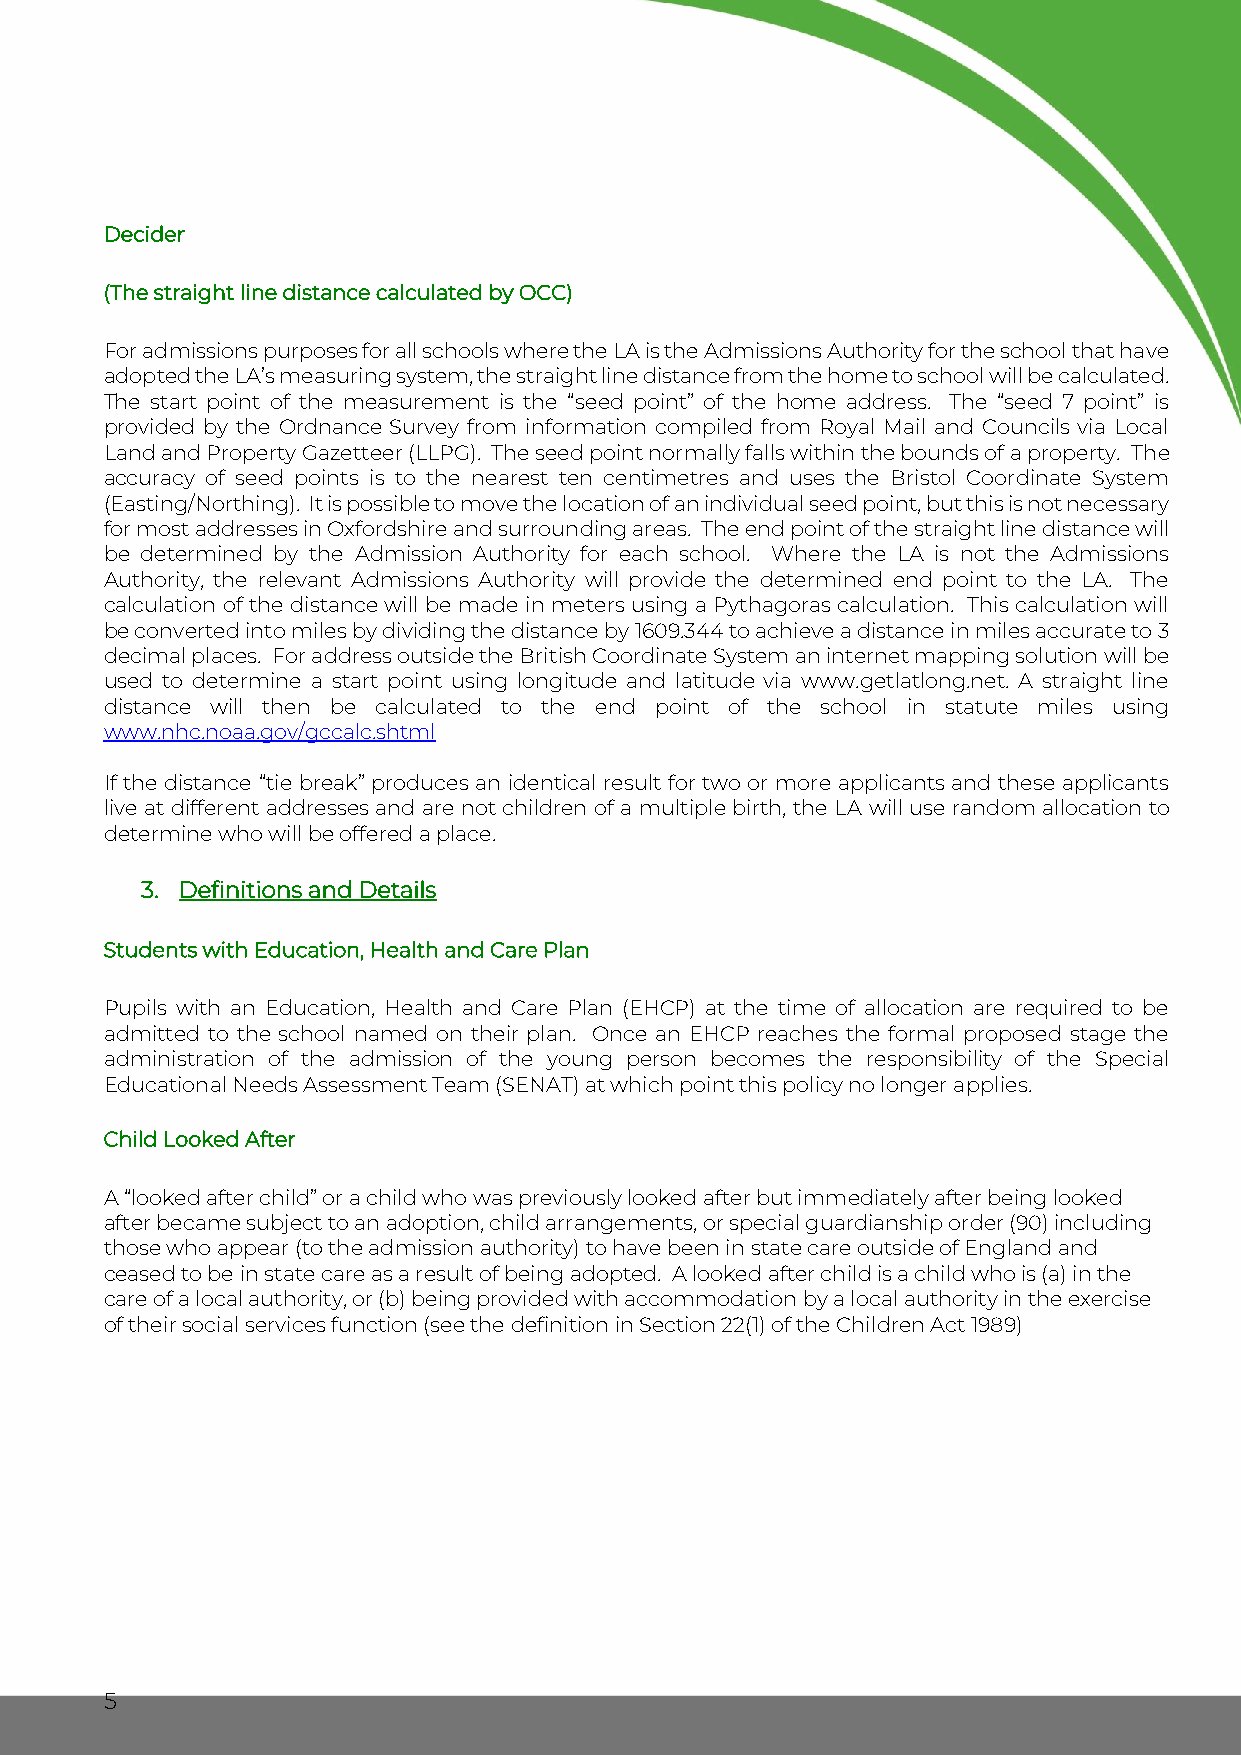
Decider
 (The straight line distance calculated by OCC)
 For admissions purposes for all schools where the LA is the Admissions Authority for the school that have
 adopted the LA’s measuring system, the straight line distance from the home to school will be calculated.
 The start point of the measurement is the “seed point” of the home address. The “seed 7 point” is
 provided by the Ordnance Survey from information compiled from Royal Mail and Councils via Local
 Land and Property Gazetteer (LLPG). The seed point normally falls within the bounds of a property. The
 accuracy of seed points is to the nearest ten centimetres and uses the Bristol Coordinate System
 (Easting/Northing). It is possible to move the location of an individual seed point, but this is not necessary
 for most addresses in Oxfordshire and surrounding areas. The end point of the straight line distance will
 be determined by the Admission Authority for each school. Where the LA is not the Admissions
 Authority, the relevant Admissions Authority will provide the determined end point to the LA. The
 calculation of the distance will be made in meters using a Pythagoras calculation. This calculation will
 be converted into miles by dividing the distance by 1609.344 to achieve a distance in miles accurate to 3
 decimal places. For address outside the British Coordinate System an internet mapping solution will be
 used to determine a start point using longitude and latitude via www.getlatlong.net. A straight line
 distance will then be calculated to the end point of the school in statute miles using
 www.nhc.noaa.gov/gccalc.shtml
 If the distance “tie break” produces an identical result for two or more applicants and these applicants
 live at different addresses and are not children of a multiple birth, the LA will use random allocation to
 determine who will be offered a place.
 3. Definitions and Details
 Students with Education, Health and Care Plan
 Pupils with an Education, Health and Care Plan (EHCP) at the time of allocation are required to be
 admitted to the school named on their plan. Once an EHCP reaches the formal proposed stage the
 administration of the admission of the young person becomes the responsibility of the Special
 Educational Needs Assessment Team (SENAT) at which point this policy no longer applies.
 Child Looked After
 A “looked after child” or a child who was previously looked after but immediately after being looked
 after became subject to an adoption, child arrangements, or special guardianship order (90) including
 those who appear (to the admission authority) to have been in state care outside of England and
 ceased to be in state care as a result of being adopted. A looked after child is a child who is (a) in the
 care of a local authority, or (b) being provided with accommodation by a local authority in the exercise
 of their social services function (see the definition in Section 22(1) of the Children Act 1989)
 5